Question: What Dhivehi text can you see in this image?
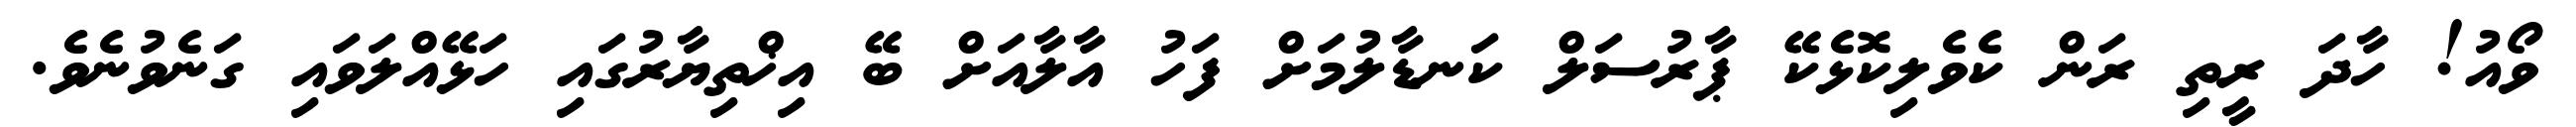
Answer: ވޯއު! ހާދަ ރީތި ރަން ކެވެލިކޮޅެކޭ ޕާރުސަލް ކަނޑާލުމަށް ފަހު އާލާއަށް ބޭ އިޚްތިޔާރުގައި ހަޅޭއްލަވައި ގަނެވުނެވެ.